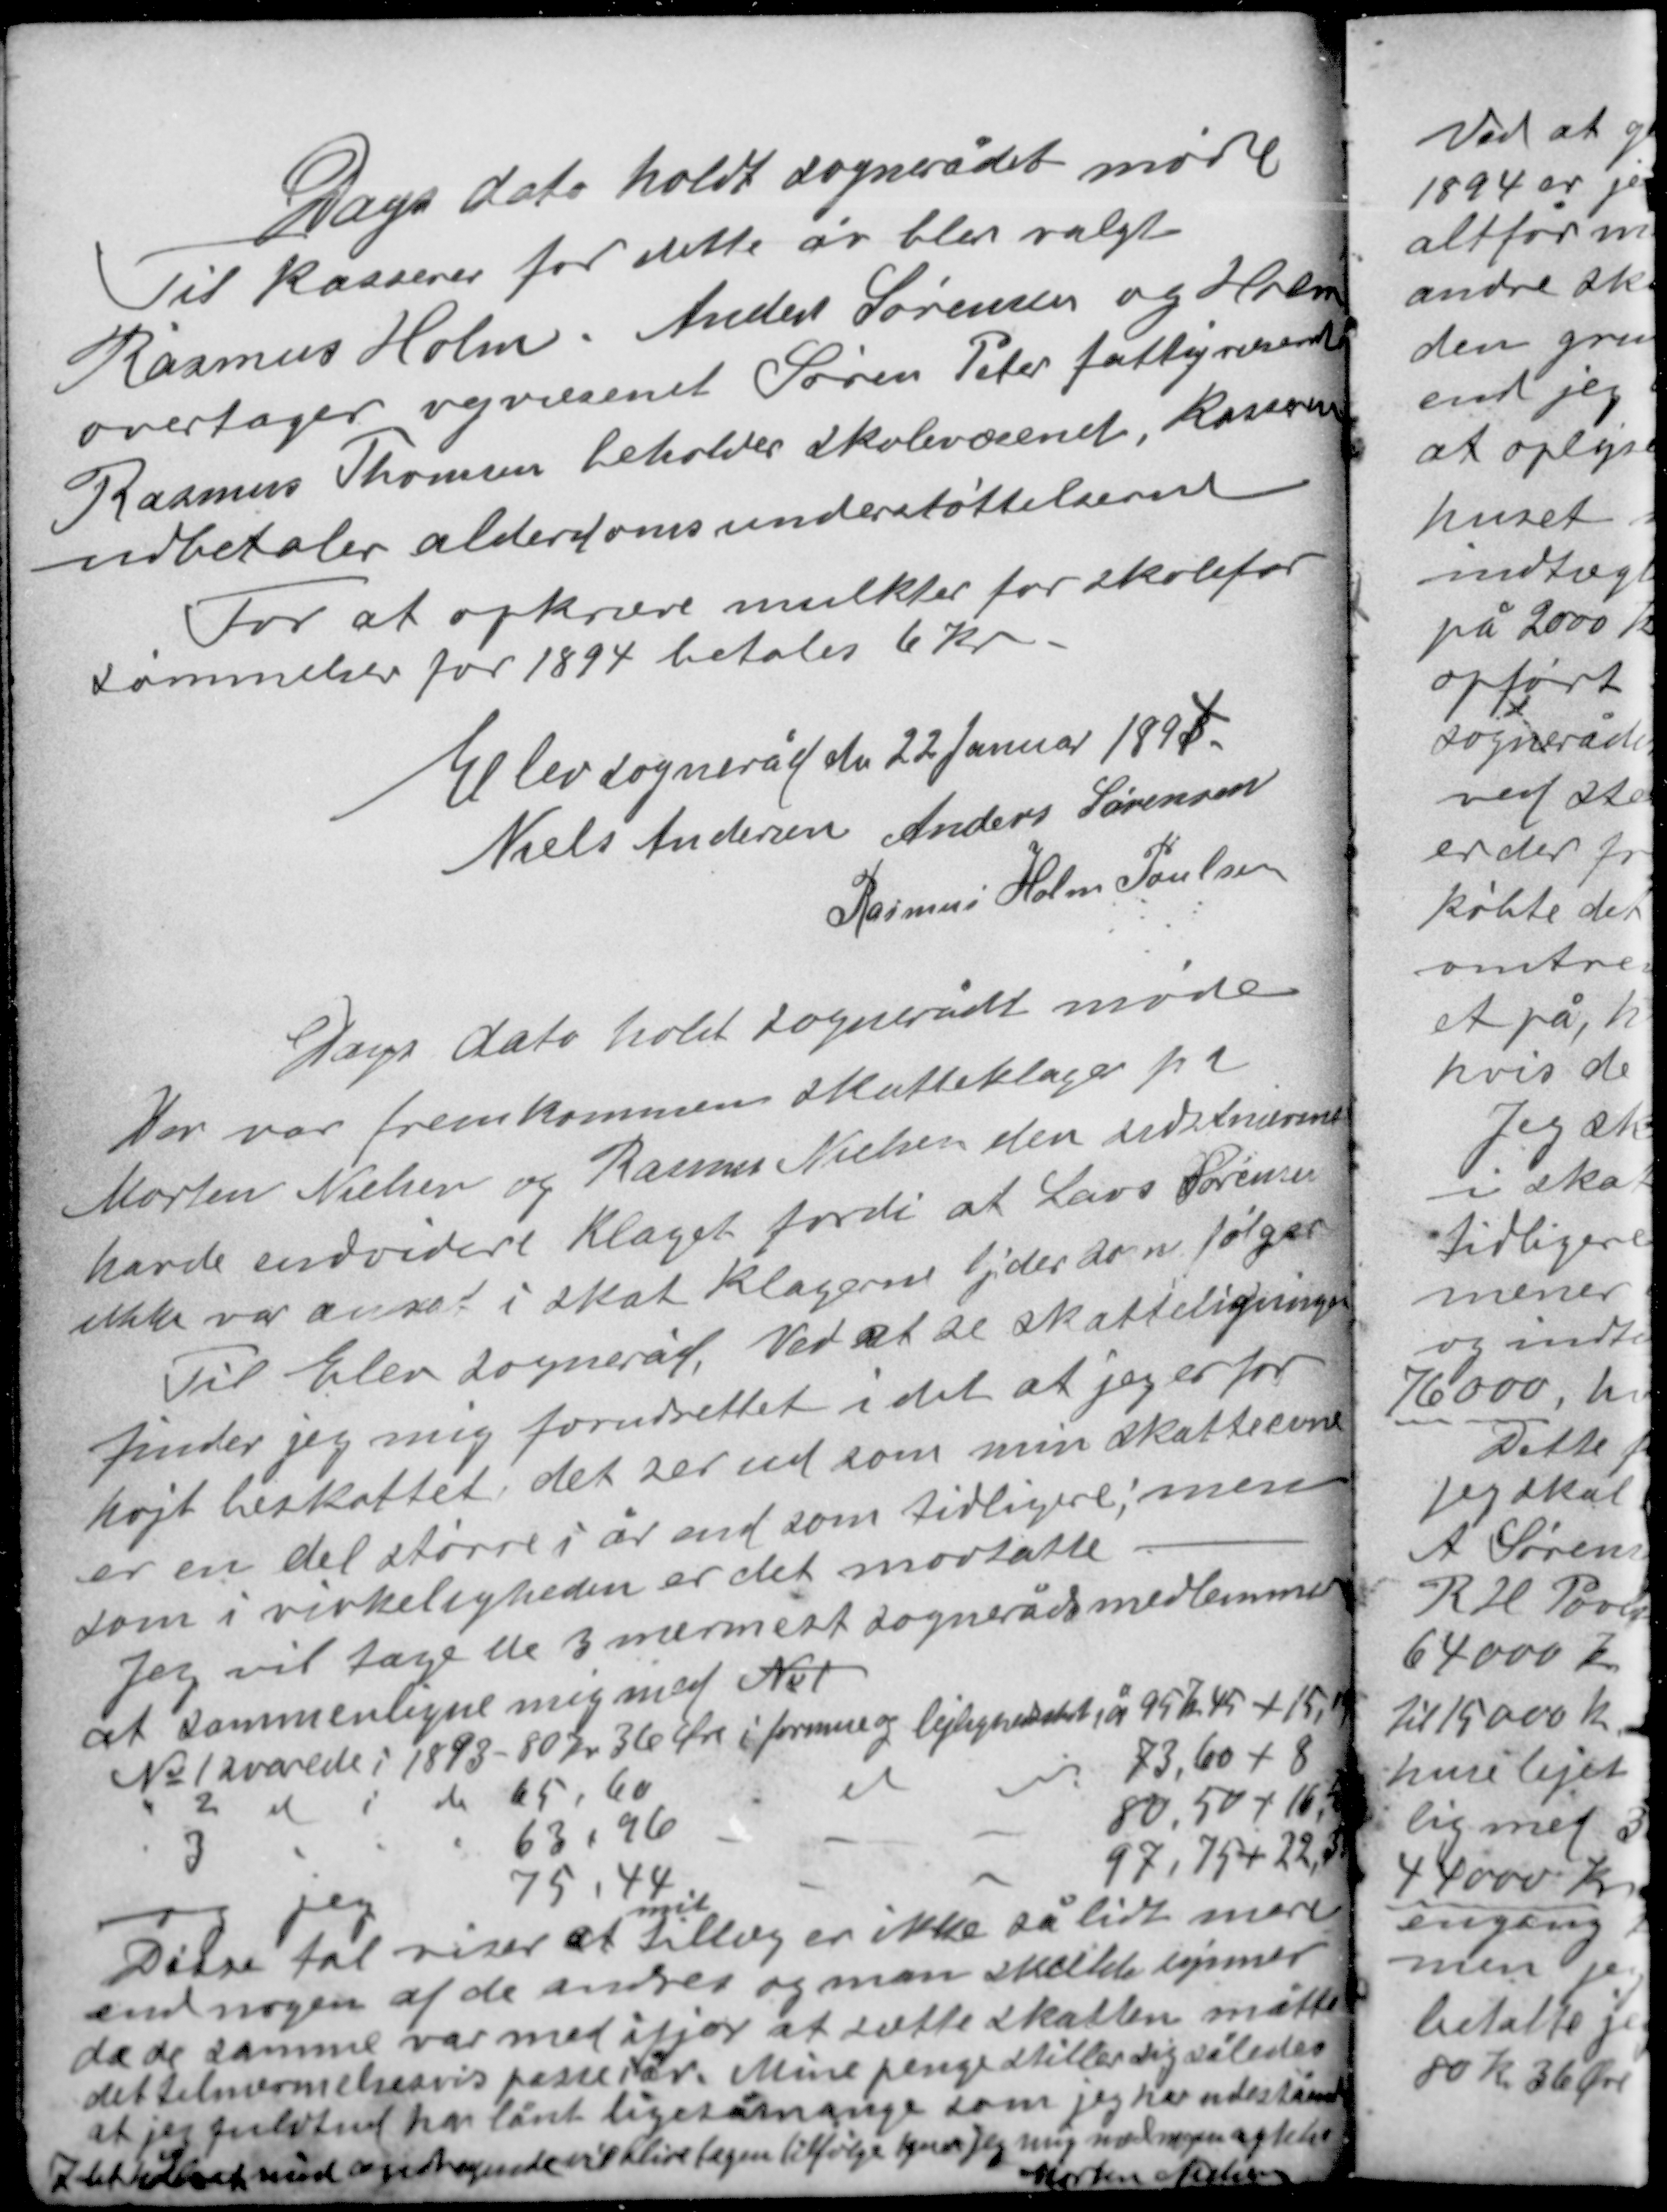
Transskription:
Dags dato holdt sognerådet møde
Til kasserer for dette år blev valgt
Rasmus Holm, Anders Sørensen og Holm
overtager vejvæsenet Søren Peter fattigvæsenet
Rasmus Thomsen beholder skolevæsenet, kasseren
udbetaler alderdomsunderstøttelserne
For at opkræve mulkter for skolefor-
sømmelser for 1894 betales 6 kr.

Elev sogneråd den 22 Januar 1894
Niels Andersen Anders Sørensen
Rasmus Holm Poulsen

Dags dato holdt sognerådet møde
Der var fremkommen skatteklage fra
Morten Nielsen og Rasmus Nielsen den sidstnævnte
havde endvidere klaget fordi at Lars Sørensen
ikke var ansat i skat klagerne lyder som følger
Til Elev sogneråd. Ved at se skatteligningen
finder jeg mig forudrettet idet at jeg er for
højt beskattet, det ser ud som min skatteevne
er en del større i år end som tidligere; men
som i virkeligheden er det modsatte.
Jeg vil tage de 3 nærmeste sognerådsmedlemmer

at sammenligne mig med No1
No 1 svarede i 1893 80 kr 36 Øre i formue og lejlighedsskat på 95 kr 45 + 15,19
" 2 do i do 65,60 do do 73,60 + 8
" 3 " " " 63,96 - - - 80,50 + 16,40
og jeg 75,44 - - - 97,75 + 22,31
mit
Disse tal viser at tillæg er ikke så lidt mere
end nogen af de andres og man skulde løpmer
da de samme var med ifjor at sætte skatten måtte
det tilnærmelsesvis passe i år. Mine penge stiller sig således
at jeg fuldtud har lånt lige så mange som jeg har udestående
I det håb mit andragende vil blive tagen tilfølge  jeg mig med megen agtelse
Morten Nielsen